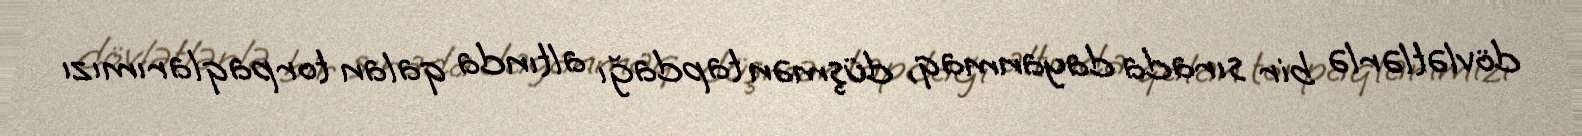
dövlətlərlə bir sırada dayanmaq, düşmən tapdağı altında qalan torpaqlarımızı